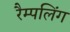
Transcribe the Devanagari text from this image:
रैम्पलिंग